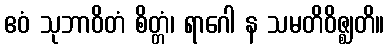
ဧဝံ သုဘာဝိတံ စိတ္တံ၊ ရာဂေါ န သမတိဝိဇ္ဈတိ။